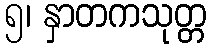
၅၊ နှာတကသုတ္တ